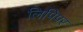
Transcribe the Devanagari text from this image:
लिपिपर